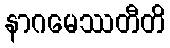
နာဂမေဿတီတိ